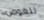
للغوص